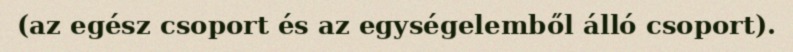
(az egész csoport és az egységelemből álló csoport).